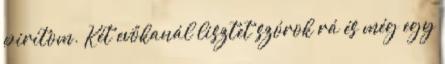
pirítom. Két evőkanál lisztet szórok rá és még egy